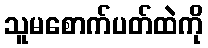
သူမစောက်ပတ်ထဲကို